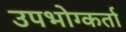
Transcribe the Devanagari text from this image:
उपभोग्कर्ता